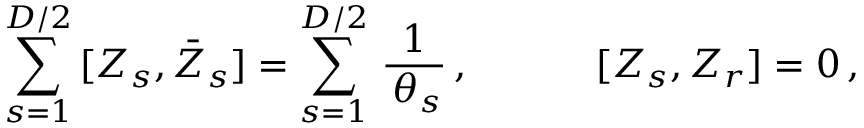
\begin{array} { l l } { { \displaystyle { \sum _ { s = 1 } ^ { D / 2 } \, [ Z _ { s } , \bar { Z } _ { s } ] = \sum _ { s = 1 } ^ { D / 2 } \, \frac { 1 } { \, \theta _ { s } } } \, , ~ ~ ~ } } & { { ~ ~ ~ ~ [ Z _ { s } , Z _ { r } ] = 0 \, , } } \end{array}